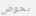
بحوض